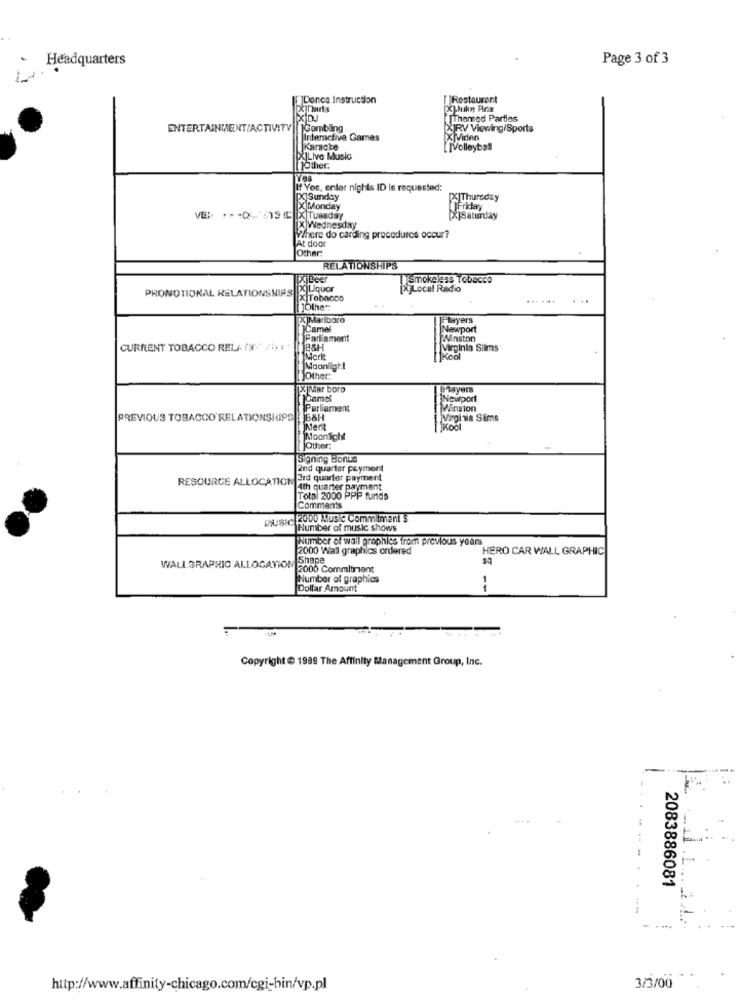
Headquarters
Page 3 of 3
Donca Instruction
[Restaurant
Xjarts
[Themed Parties
ENTERTAINMENT/ACTIVITY Gambling
XIRV Viewing/Sports
Interactive Games
KMVideo
Karaoke
JVolleybal
[X]Live Music
[]Other.
If Yes, enter nights ID Is requested:
X Sunday
KIThursday
[X]Monday
Friday
VE: . - 05-1919 C [X Tuesday
[X]Saturday
[X]Wednesday
Where do carding procedures occur?
Other:
At doc
RELATIONSHIPS
xjBeer
Smokeless Tobacco
PROMOTIONAL RELATIONSMINS
2)Liquor
Local Radio
X Tobacco
10the *:
[X]Maridoro
Players
Camel
Newport
)Parliament
Winston
CURRENT TOBACCO RELA (W /1
Virginia Silms
IMcrit
Kool
jMoonlight
[]Other
[X Mar boro
LEAsyers
Newport
Parliament
Minston
PREVIOUS TOBACCO RELATIONSHIPS
58H
Virginia Sims
Merit
Kool
Moonlight
JOther:
Signing Bonte
2nd quarter payment
RESOURCE ALLOCATION FIO
Erd quarter payment
4th quarter payment
Total 2000 PPP funds
Comments
MUSIC 2000 Music Commitment
Number of music shows
Number of wall graphics from previous years
2000 Wall graphics ordered
HERO CAR WALL GRAPHIC
WALLGRAPHIC ALLOCATION Shape
2000 Commitrient
Number of graphics
Dollar Amount
Copyright @ 1999 The Affinity Management Group, Inc.
2083886081
http://www.affinity-chicago.com/cgi-bin/vp.pl
3/3/00